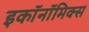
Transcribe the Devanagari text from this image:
इकाॅनाॅमिक्स